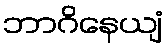
ဘာဂိနေယျံ